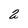
Character: 2